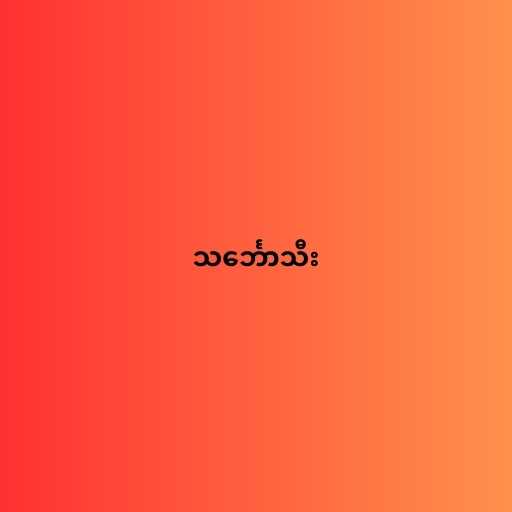
သင်္ဘောသီး